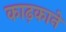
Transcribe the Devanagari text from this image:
काढ़काने